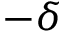
- \delta